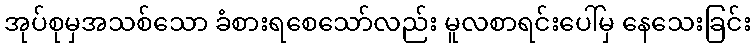
အုပ်စုမှအသစ်သော ခံစားရစေသော်လည်း မူလစာရင်းပေါ်မှ နေသေးခြင်း